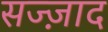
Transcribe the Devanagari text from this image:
सज्ज़ाद